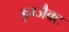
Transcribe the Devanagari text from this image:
इग्जैक्ट